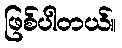
ဖြစ်ပါတယ်။